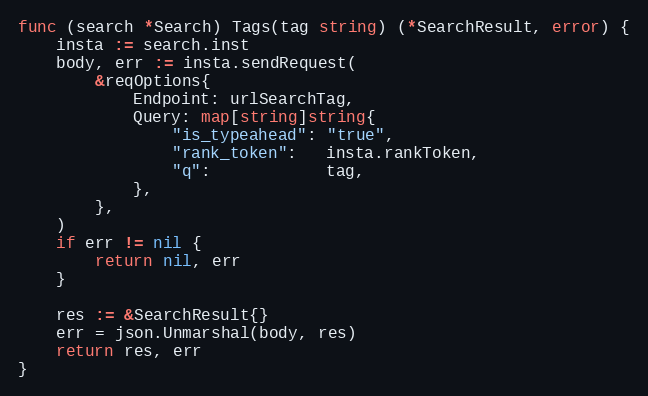
Language: Go
func (search *Search) Tags(tag string) (*SearchResult, error) {
	insta := search.inst
	body, err := insta.sendRequest(
		&reqOptions{
			Endpoint: urlSearchTag,
			Query: map[string]string{
				"is_typeahead": "true",
				"rank_token":   insta.rankToken,
				"q":            tag,
			},
		},
	)
	if err != nil {
		return nil, err
	}

	res := &SearchResult{}
	err = json.Unmarshal(body, res)
	return res, err
}